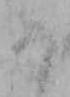
な